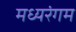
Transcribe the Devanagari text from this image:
मध्यरंगम